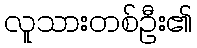
လူသားတစ်ဦး၏